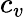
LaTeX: c_{v}